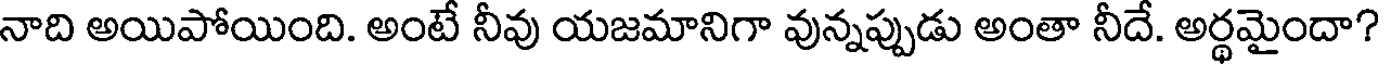
నాది అయిపోయింది. అంటే నీవు యజమానిగా వున్నప్పుడు అంతా నీదే. అర్థమైందా?